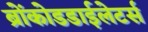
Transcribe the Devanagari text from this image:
ब्रोंकोडडाईलेटर्स